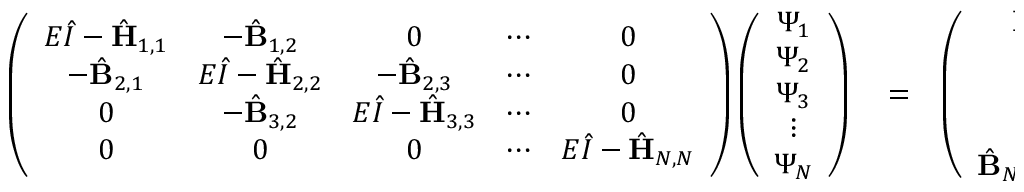
\begin{array} { r l r } { \left( \begin{array} { c c c c c } { E \hat { I } - \hat { { \mathbf { H } } } _ { 1 , 1 } } & { - \hat { { \mathbf { B } } } _ { 1 , 2 } } & { 0 } & { \cdots } & { 0 } \\ { - \hat { { \mathbf { B } } } _ { 2 , 1 } } & { E \hat { I } - \hat { { \mathbf { H } } } _ { 2 , 2 } } & { - \hat { { \mathbf { B } } } _ { 2 , 3 } } & { \cdots } & { 0 } \\ { 0 } & { - \hat { { \mathbf { B } } } _ { 3 , 2 } } & { E \hat { I } - \hat { { \mathbf { H } } } _ { 3 , 3 } } & { \cdots } & { 0 } \\ { 0 } & { 0 } & { 0 } & { \cdots } & { E \hat { I } - \hat { \mathbf { H } } _ { N , N } } \end{array} \right) \left( \begin{array} { c } { \Psi _ { 1 } } \\ { \Psi _ { 2 } } \\ { \Psi _ { 3 } } \\ { \vdots } \\ { \Psi _ { N } } \end{array} \right) } & { { } = } & { \left( \begin{array} { c } { \hat { \mathbf { B } } _ { 1 , 0 } \Psi _ { 0 } } \\ { 0 } \\ { 0 } \\ { \vdots } \\ { \hat { \mathbf { B } } _ { N , N + 1 } \Psi _ { N + 1 } } \end{array} \right) } \end{array}